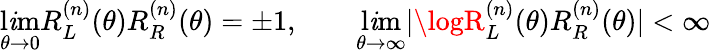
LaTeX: \operatorname*{l\mathit{i}m}_{\theta\to0}R_{L}^{(n)}(\theta)R_{R}^{(n)}(\theta)=\pm1,\qquad\operatorname*{l\mathit{i}m}_{\theta\to\infty}\vert\logR_{L}^{(n)}(\theta)R_{R}^{(n)}(\theta)\vert<\infty